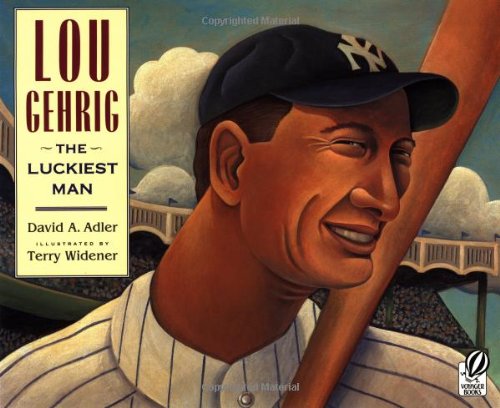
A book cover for Lou Gehrig: The Luckiest Man; David A. Adler; Children's Books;